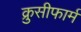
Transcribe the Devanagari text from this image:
क्रुसीफार्म